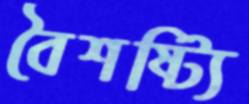
বৈশষ্ট্যি